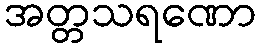
အတ္တသရဏော